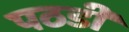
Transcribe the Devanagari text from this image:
पठडी